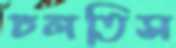
ঢলতিস